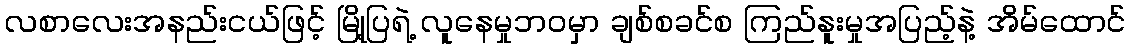
လစာလေးအနည်းငယ်ဖြင့် မြို့ပြရဲ့ လူနေမှုဘဝမှာ ချစ်စခင်စ ကြည်နူးမှုအပြည့်နဲ့ အိမ်ထောင်